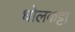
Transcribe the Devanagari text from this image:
धोलकट्टा